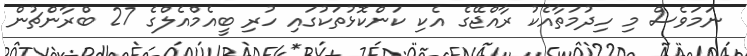
ނަމަވެސް މި ހިދުމަތާއެކު ރާއްޖޭގެ އެކި ކަންކޮޅުތަކުގައި ހުރި ބީއެމްއެލްގެ 27 ބްރާންޗުން